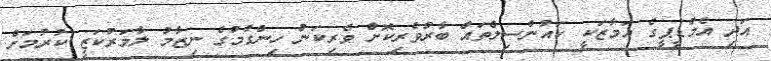
އަދި އެމްޑީޕީގެ އަމާޒަކީ ކައުންސިލްތައް ބާރުވެރިކޮށް ވެރިކަން ހިންގުމުގެ ނިޒާމު ލާމަރުކަޒީ ކުރުމަށް